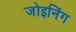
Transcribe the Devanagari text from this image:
जोइनिंग